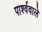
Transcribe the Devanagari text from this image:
पार्श्ववाले